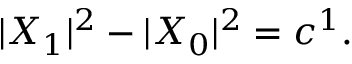
| { \cal X } _ { 1 } | ^ { 2 } - | { \cal X } _ { 0 } | ^ { 2 } = c ^ { 1 } .